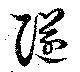
隧